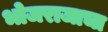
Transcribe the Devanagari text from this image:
भोजराजाचा